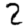
Digit: 2